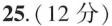
25.(12分)